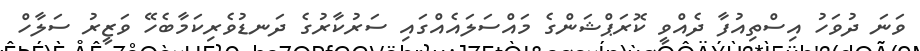
ވަނަ ދުވަހު އިސްތިއުފާ ދެއްވީ ކޮރަޕްޝަންގެ މައްސަލައެއްގައި ސަރުކާރުގެ ދަނޑުވެރިކަމާބެހޭ ވަޒީރު ސަލާހް